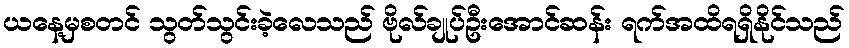
ယနေ့မှစတင် သွတ်သွင်းခဲ့လေသည် ဗိုလ်ချုပ်ဦးအောင်ဆန်း ရက်အထိရရှိနိုင်သည်